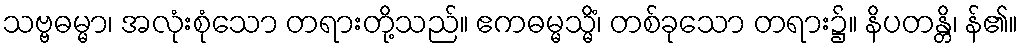
သဗ္ဗဓမ္မာ၊ အလုံးစုံသော တရားတို့သည်။ ဧကဓမ္မသ္မိံ၊ တစ်ခုသော တရား၌။ နိပတန္တိ၊ န်၏။